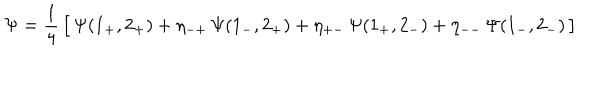
\Psi = { \frac { 1 } { 4 } } \, \bigl [ \, \Psi ( 1 _ { + } , 2 _ { + } ) + \eta _ { - + } \, \Psi ( 1 _ { - } , 2 _ { + } ) + \eta _ { + - } \, \Psi ( 1 _ { + } , 2 _ { - } ) + \eta _ { -- } \, \Psi ( 1 _ { - } , 2 _ { - } ) \, \bigr ]